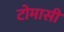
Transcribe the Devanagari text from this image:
टोमासी